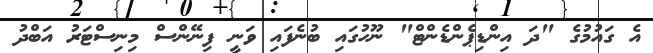
އެ ގައުމުގެ "ދަ އިންޑިޕެންޑެންޓް" ނޫހުގައި ބުނެފައި ވަނީ ފިނޭންސް މިނިސްޓަރު އަބްދު